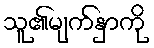
သူ၏မျက်နှာကို